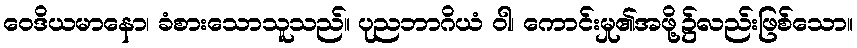
ဝေဒိယမာနော၊ ခံစားသောသူသည်။ ပုညဘာဂိယံ ဝါ၊ ကောင်းမှု၏အဖို့၌လည်းဖြစ်သော။